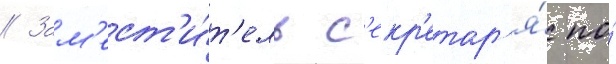
// Зам'ест'и́т'ель с'екр'етар'я́ по́